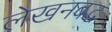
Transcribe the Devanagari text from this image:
लेखनबद्ध